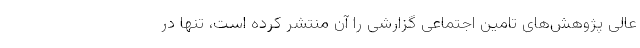
عالی پژوهش‌های تامین اجتماعی گزارشی را آن منتشر کرده است، تنها در